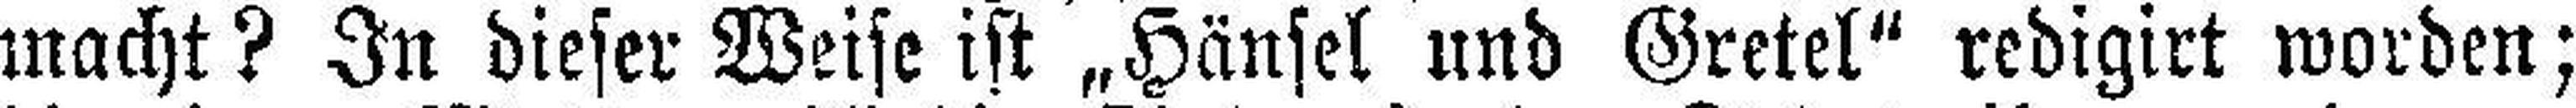
macht? In dieser Weise ist „Hänsel und Gretel“ redigirt worden;